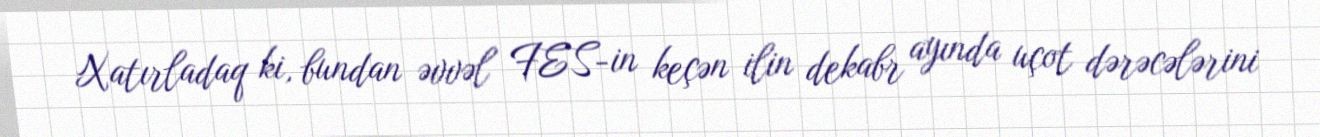
Xatırladaq ki, bundan əvvəl FES-in keçən ilin dekabr ayında uçot dərəcələrini